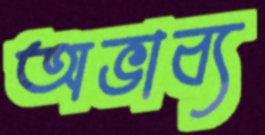
অভাব্য